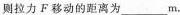
则拉力F移动的距离为___m。